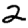
Digit: 2